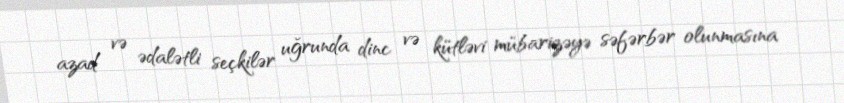
azad və ədalətli seçkilər uğrunda dinc və kütləvi mübarizəyə səfərbər olunmasına